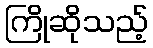
ကြိုဆိုသည့်